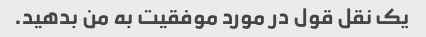
یک نقل قول در مورد موفقیت به من بدهید.